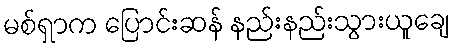
မစ်ရှာက ပြောင်းဆန် နည်းနည်းသွားယူချေ